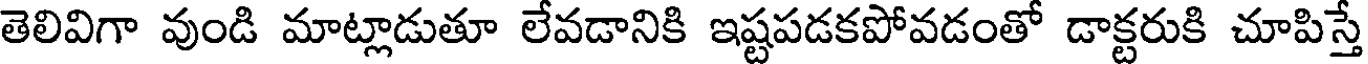
తెలివిగా వుండి మాట్లాడుతూ లేవడానికి ఇష్టపడకపోవడంతో డాక్టరుకి చూపిస్తే